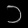
Digit: ၁